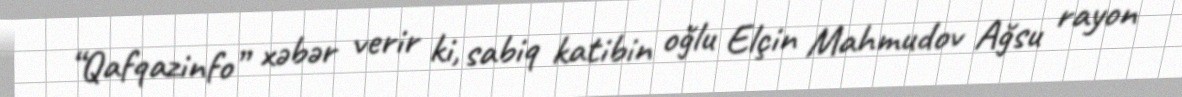
“Qafqazinfo” xəbər verir ki, sabiq katibin oğlu Elçin Mahmudov Ağsu rayon